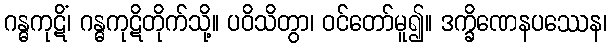
ဂန္ဓကုဋိံ၊ ဂန္ဓကုဋိတိုက်သို့။ ပဝိသိတွာ၊ ဝင်တော်မူ၍။ ဒက္ခိဏေနပဿေန၊